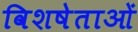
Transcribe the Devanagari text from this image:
विशषेताओं